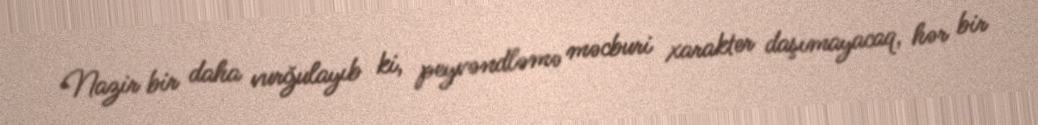
Nazir bir daha vurğulayıb ki, peyvəndləmə məcburi xarakter daşımayacaq, hər bir